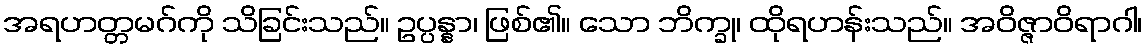
အရဟတ္တမဂ်ကို သိခြင်းသည်။ ဥပ္ပန္နာ၊ ဖြစ်၏။ သော ဘိက္ခု၊ ထိုရဟန်းသည်။ အဝိဇ္ဇာဝိရာဂါ၊